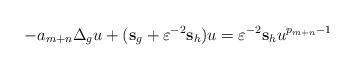
LaTeX: \begin{align*}-a_{m+n} \Delta_g u + ({\bf s}_g + \varepsilon^{-2} {\bf s}_h ) u = \varepsilon^{-2} {\bf s}_h u^{p_{m+n}-1} \end{align*}